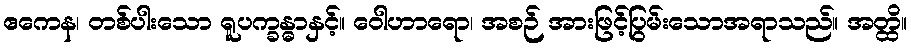
ဧကေန၊ တစ်ပါးသော ရူပက္ခန္ဓာနှင့်။ ဝေါဟာရော၊ အစဉ် အားဖြင့်ပြွမ်းသောအရာသည်။ အတ္ထိ။